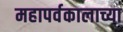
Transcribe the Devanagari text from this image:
महापर्वकालाच्या